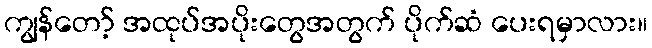
ကျွန်တော့် အထုပ်အပိုးတွေအတွက် ပိုက်ဆံ ပေးရမှာလား။